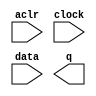
// megafunction wizard: %LPM_FF%VBB%
// GENERATION: STANDARD
// VERSION: WM1.0
// MODULE: lpm_ff 

// ============================================================
// Megafunction Name(s):
// 			lpm_ff
//
// Simulation Library Files(s):
// 			lpm
// ============================================================
// ************************************************************
// THIS IS A WIZARD-GENERATED FILE. DO NOT EDIT THIS FILE!
//
// 9.1 Build 350 03/24/2010 SP 2 SJ Web Edition
// ************************************************************

//Copyright (C) 1991-2010 Altera Corporation
//Your use of Altera Corporation's design tools, logic functions 
//and other software and tools, and its AMPP partner logic 
//functions, and any output files from any of the foregoing 
//(including device programming or simulation files), and any 
//associated documentation or information are expressly subject 
//to the terms and conditions of the Altera Program License 
//Subscription Agreement, Altera MegaCore Function License 
//Agreement, or other applicable license agreement, including, 
//without limitation, that your use is for the sole purpose of 
//programming logic devices manufactured by Altera and sold by 
//Altera or its authorized distributors.  Please refer to the 
//applicable agreement for further details.

module my_lpm_ff (
	aclr,
	clock,
	data,
	q);

	input	  aclr;
	input	  clock;
	input	[8:0]  data;
	output	[8:0]  q;

endmodule

// ============================================================
// CNX file retrieval info
// ============================================================
// Retrieval info: PRIVATE: ACLR NUMERIC "1"
// Retrieval info: PRIVATE: ALOAD NUMERIC "0"
// Retrieval info: PRIVATE: ASET NUMERIC "0"
// Retrieval info: PRIVATE: ASET_ALL1 NUMERIC "1"
// Retrieval info: PRIVATE: CLK_EN NUMERIC "0"
// Retrieval info: PRIVATE: DFF NUMERIC "1"
// Retrieval info: PRIVATE: INTENDED_DEVICE_FAMILY STRING "Cyclone II"
// Retrieval info: PRIVATE: SCLR NUMERIC "0"
// Retrieval info: PRIVATE: SLOAD NUMERIC "0"
// Retrieval info: PRIVATE: SSET NUMERIC "0"
// Retrieval info: PRIVATE: SSET_ALL1 NUMERIC "1"
// Retrieval info: PRIVATE: SYNTH_WRAPPER_GEN_POSTFIX STRING "0"
// Retrieval info: PRIVATE: UseTFFdataPort NUMERIC "0"
// Retrieval info: PRIVATE: nBit NUMERIC "9"
// Retrieval info: CONSTANT: LPM_FFTYPE STRING "DFF"
// Retrieval info: CONSTANT: LPM_TYPE STRING "LPM_FF"
// Retrieval info: CONSTANT: LPM_WIDTH NUMERIC "9"
// Retrieval info: USED_PORT: aclr 0 0 0 0 INPUT NODEFVAL aclr
// Retrieval info: USED_PORT: clock 0 0 0 0 INPUT NODEFVAL clock
// Retrieval info: USED_PORT: data 0 0 9 0 INPUT NODEFVAL data[8..0]
// Retrieval info: USED_PORT: q 0 0 9 0 OUTPUT NODEFVAL q[8..0]
// Retrieval info: CONNECT: @clock 0 0 0 0 clock 0 0 0 0
// Retrieval info: CONNECT: q 0 0 9 0 @q 0 0 9 0
// Retrieval info: CONNECT: @aclr 0 0 0 0 aclr 0 0 0 0
// Retrieval info: CONNECT: @data 0 0 9 0 data 0 0 9 0
// Retrieval info: LIBRARY: lpm lpm.lpm_components.all
// Retrieval info: GEN_FILE: TYPE_NORMAL my_lpm_ff.v TRUE
// Retrieval info: GEN_FILE: TYPE_NORMAL my_lpm_ff.inc FALSE
// Retrieval info: GEN_FILE: TYPE_NORMAL my_lpm_ff.cmp FALSE
// Retrieval info: GEN_FILE: TYPE_NORMAL my_lpm_ff.bsf FALSE
// Retrieval info: GEN_FILE: TYPE_NORMAL my_lpm_ff_inst.v FALSE
// Retrieval info: GEN_FILE: TYPE_NORMAL my_lpm_ff_bb.v TRUE
// Retrieval info: LIB_FILE: lpm